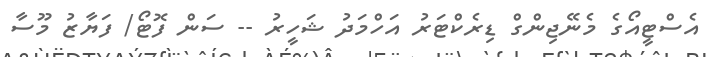
އެސްޓީއޯގެ މެނޭޖިންގް ޑިރެކްޓަރު އަހްމަދު ޝަހީރު -- ސަން ފޮޓޯ/ ފަޔާޒު މޫސާ